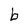
Character: b